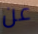
عن